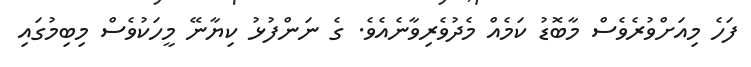
ފަހެ މިއަށްވުރެވެސް މާބޮޑު ކަމެއް މެދުވެރިވާނެއެވެ. ގެ ނަންފުޅު ކިޔާނޭ މީހަކުވެސް މިބިމުގައި